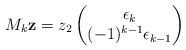
\begin{align*} M_k \mathbf{z} = z_2 \begin{pmatrix} \epsilon_k\\ (-1)^{k - 1} \epsilon_{k - 1} \end{pmatrix} \end{align*}